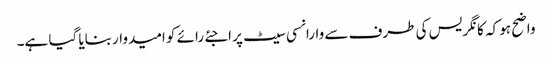
واضح ہو کہ کانگریس کی طرف سے وارانسی سیٹ پر اجئے رائے کو امیدوار بنایا گیا ہے۔